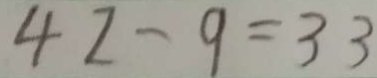
4 2 - 9 = 3 3